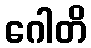
ဂေါတိ